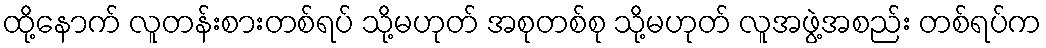
ထို့နောက် လူတန်းစားတစ်ရပ် သို့မဟုတ် အစုတစ်စု သို့မဟုတ် လူအဖွဲ့အစည်း တစ်ရပ်က